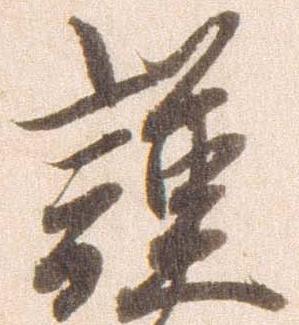
謹